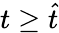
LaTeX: t\geq\widehat t